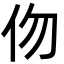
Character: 伆